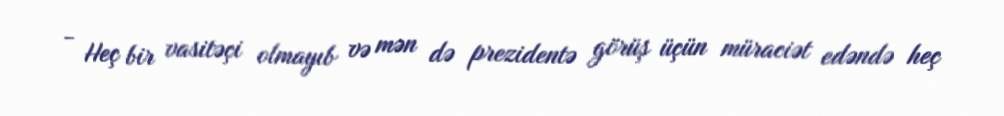
- Heç bir vasitəçi olmayıb və mən də prezidentə görüş üçün müraciət edəndə heç